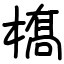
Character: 𫞏